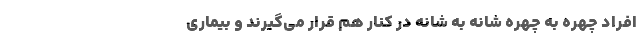
افراد چهره به چهره شانه به شانه در کنار هم قرار می‌گیرند و بیماری